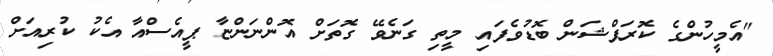
"އެމީހުންގެ ކޮރަޕްޝަން ބޮޑުވެފައި މީތި ގަނެވޭ ގޮތަށް އޮންނަންޏާ ޕީއެސްއާ އެކު ކުރިއަށް